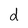
Character: d